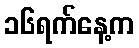
၁၆ရက်နေ့က